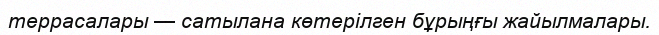
террасалары — сатылана көтерілген бұрыңғы жайылмалары.